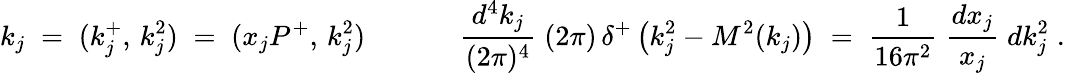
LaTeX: k_{j}\; =\; (k_{j}^{+},\, k_{j}^{2})\; =\; (x_{j}P^{+},\, k_{j}^{2})\; \; \; \; \; \; \; \; \; \; \; \; \frac{d^{4}k_{j}}{(2\pi)^{4}}\; (2\pi)\, \delta^{+}\left(k_{j}^{2}-M^{2}(k_{j})\right)\; =\; \frac{1}{16\pi^{2}}\; \frac{dx_{j}}{x_{j}}\; dk_{j}^{2}\; .